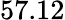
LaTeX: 57.12